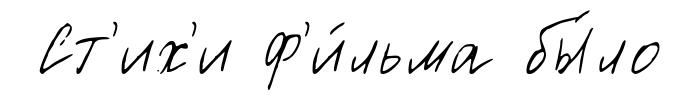
Ст'их'и ф'и́льма бы́ло